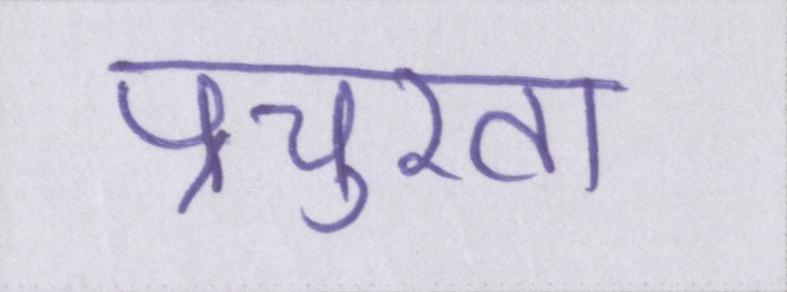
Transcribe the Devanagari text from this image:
प्रचुरता